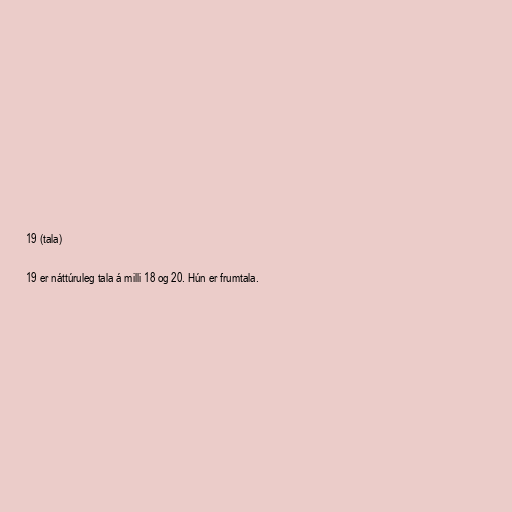
19 (tala)

19 er náttúruleg tala á milli 18 og 20. Hún er frumtala.